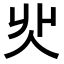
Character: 𠇿